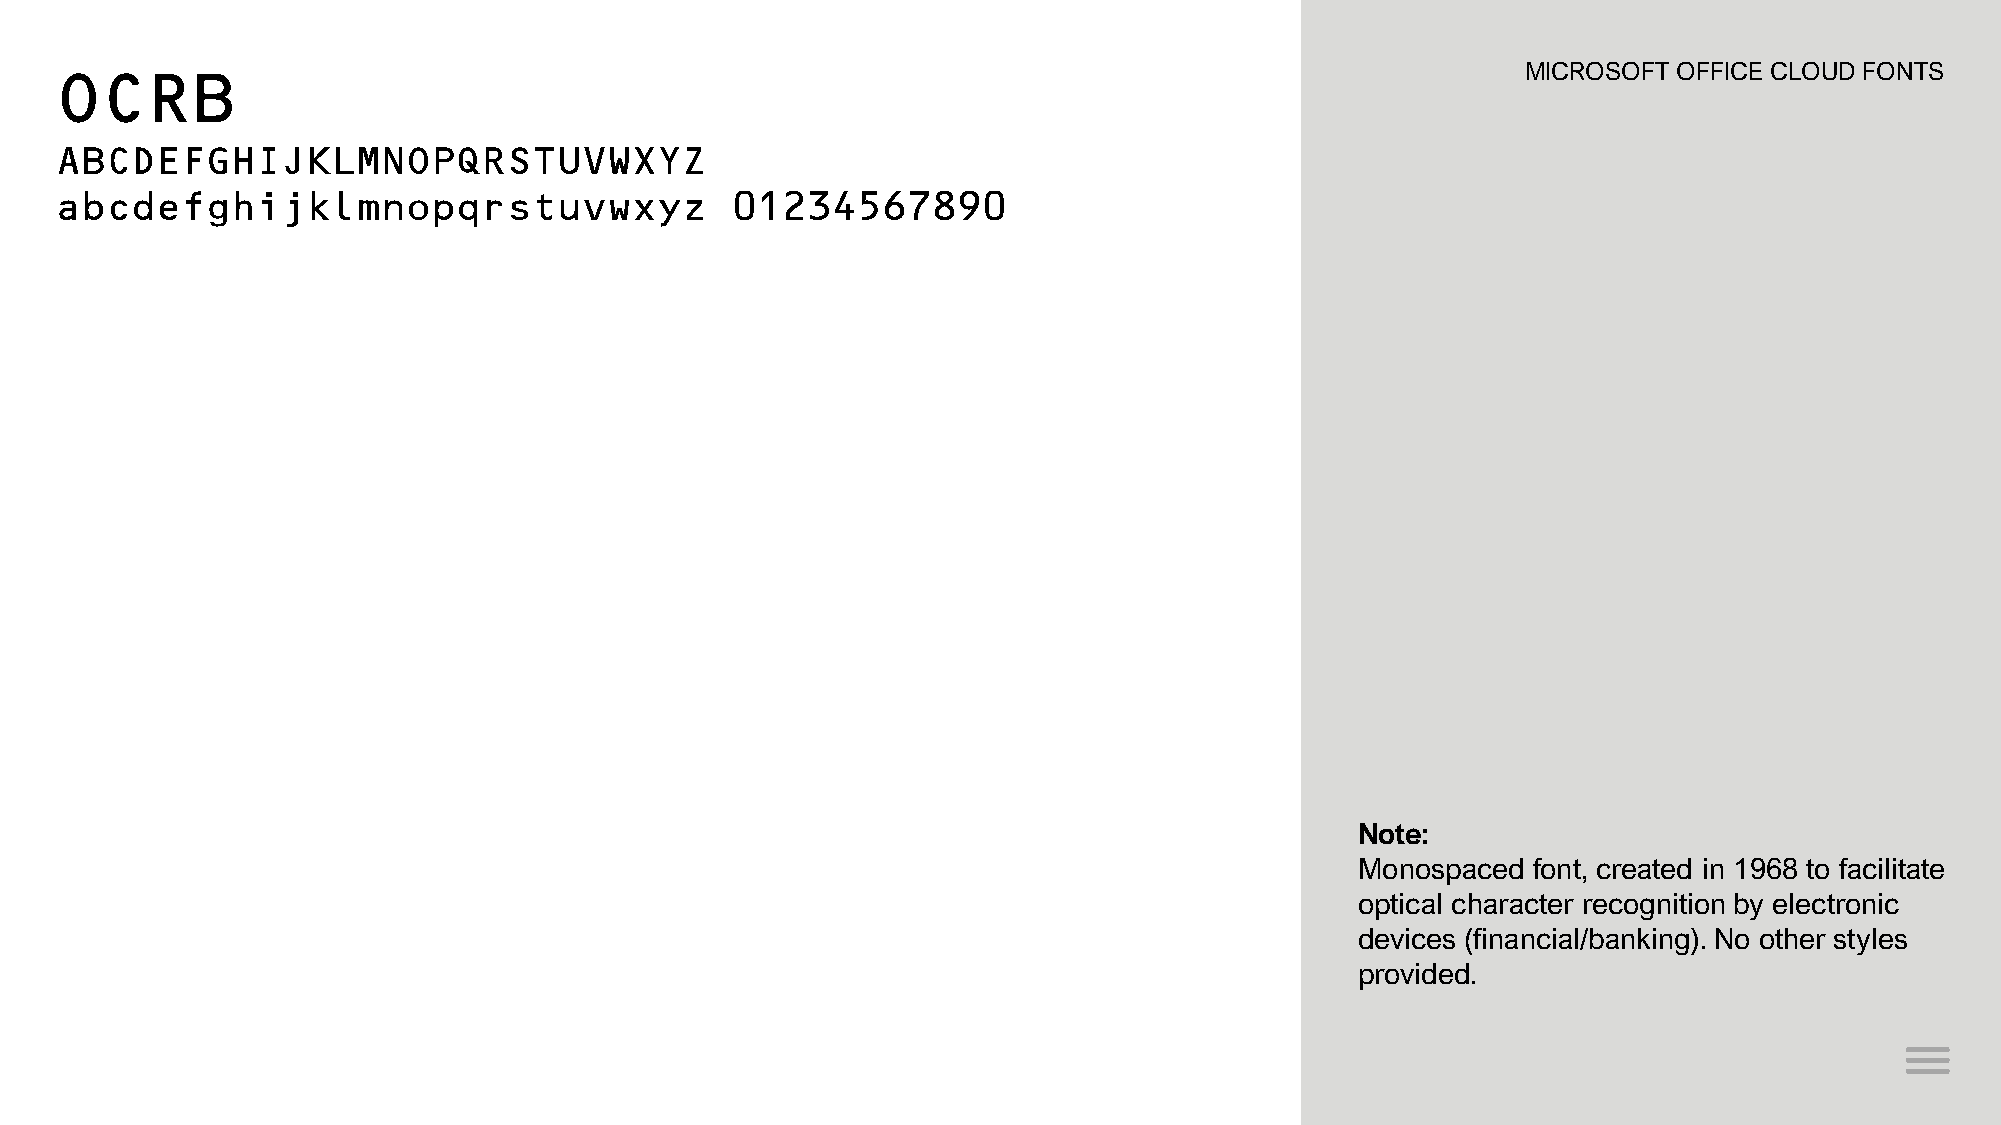
OCRB                                                                                             MICROSOFT OFFICE CLOUD FONTS
 ABCDEFGHIJKLMNOPQRSTUVWXYZ
 abcdefghijklmnopqrstuvwxyz                  01234567890
 Note:
 Monospaced font, created in 1968 to facilitate
 optical character recognition by electronic
 devices (financial/banking). No other styles
 provided.